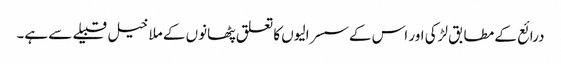
درائع کے مطابق لڑکی اور اس کےسسرالیوں کا تعلق پٹھانوں کے ملا خیل قبیلے سے ہے۔